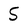
Character: S